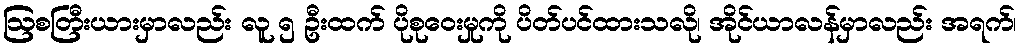
ဩစတြီးယားမှာလည်း လူ ၅ ဦးထက် ပိုစုဝေးမှုကို ပိတ်ပင်ထားသလို၊ အိုင်ယာလန်မှာလည်း အရက်၊